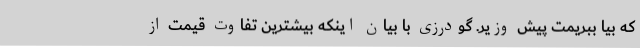
که بیا ببریمت پیش وزیر. گودرزی با بیان اینکه بیشترین تفاوت قیمت از